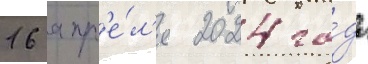
16 апр'е́л'я 2024 го́да